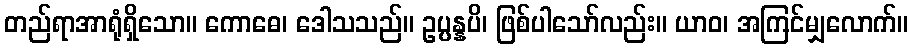
တည်ရာအာရုံရှိသော။ ကောဓေ၊ ဒေါသသည်။ ဥပ္ပန္နပိ၊ ဖြစ်ပါသော်လည်း။ ယာဝ၊ အကြင်မျှလောက်။